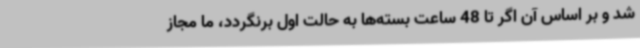
شد و بر اساس آن اگر تا 48 ساعت بسته‌ها به حالت اول برنگردد، ما مجاز